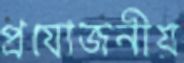
প্রযোজনীয়